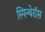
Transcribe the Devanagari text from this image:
स्पिन्थेरॉस